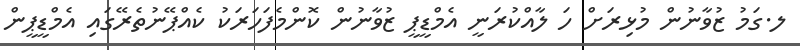
ލ.ގަމު ޒުވާނުން މުޅިރަށް ހަ ލާއްކުރަނީ އެމްޑީޕީ ޒުވާނުން ކޮންމެފަހަރަކު ކެއްޕޭނުތެރޭގައި އެމްޑީޕީން